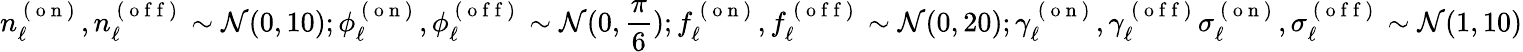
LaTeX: {n_{\ell}^{\mathrm{~(~o~n~)~}},n_{\ell}^{\mathrm{~(~o~f~f~)~}}\sim\mathcal{N}(0,10);\phi_{\ell}^{\mathrm{~(~o~n~)~}},\phi_{\ell}^{\mathrm{~(~o~f~f~)~}}\sim\mathcal{N}(0,\frac{\pi}{6})};\newline{{f_{\ell}^{\mathrm{~(~o~n~)~}},f_{\ell}^{\mathrm{~(~o~f~f~)~}}\sim\mathcal{N}(0,20);\gamma_{\ell}^{\mathrm{~(~o~n~)~}},\gamma_{\ell}^{\mathrm{~(~o~f~f~)~}}\sigma_{\ell}^{\mathrm{~(~o~n~)~}},\sigma_{\ell}^{\mathrm{~(~o~f~f~)~}}\sim\mathcal{N}(1,10)}}